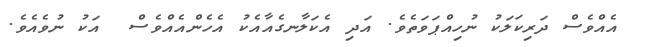
އެއްވެސް ދަރިކަލަކު ނުހިއްޕަވަތެވެ. އަދި އެކަލާނގެއާއެކު އެހެންއެއްވެސް  އަކު ނުވެއެވެ.